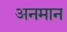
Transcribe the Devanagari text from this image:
अनमान